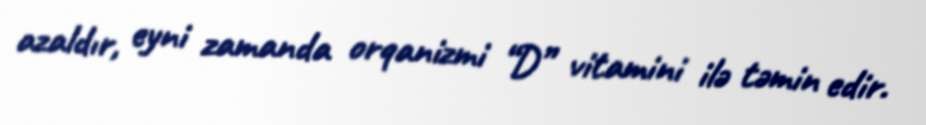
azaldır, eyni zamanda orqanizmi “D” vitamini ilə təmin edir.